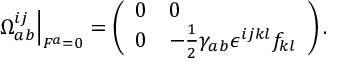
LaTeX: \left. \Omega _ { a b } ^ { i j } \right| _ { F ^ { a } = 0 } = \left( \begin{array} { l l } { { 0 } } & { { 0 } } \\ { { 0 } } & { { - \frac { 1 } { 2 } \gamma _ { a b } \epsilon ^ { i j k l } f _ { k l } } } \end{array} \right) .